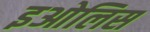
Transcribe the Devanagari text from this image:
इओलिस